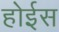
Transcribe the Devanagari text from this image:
होईस